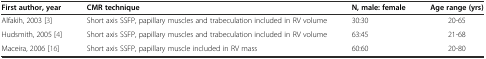
| First author, year | CMR technique | N, male: female | Age range (yrs) |
 | --- | --- | --- | --- |
 | Alfakih, 2003 [3] | Short axis SSFP, papillary muscles and trabeculation included in RV volume | 30:30 | 20-65 |
 | Hudsmith, 2005 [4] | Short axis SSFP, papillary muscles and trabeculation included in RV volume | 63:45 | 21-68 |
 | Maceira, 2006 [16] | Short axis SSFP, papillary muscle included in RV mass | 60:60 | 20-80 |